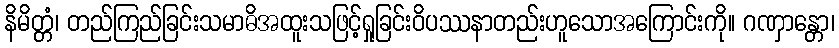
နိမိတ္တံ၊ တည်ကြည်ခြင်းသမာဓိအထူးသဖြင့်ရှုခြင်းဝိပဿနာတည်းဟူသောအကြောင်းကို။ ဂဏှာန္တော၊